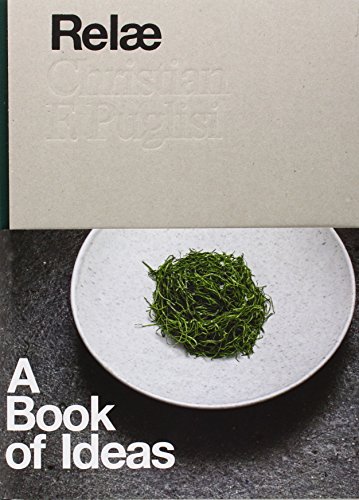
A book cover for RelÃ¦: A Book of Ideas; Christian F. Puglisi; Cookbooks, Food & Wine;